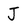
Character: J